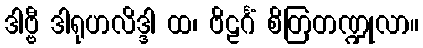
ဒါဗ္ဗီ ဒါရုဟလိဒ္ဒါ ထ၊ ဗိဠင်္ဂံ စိတြတဏ္ဍုလာ။